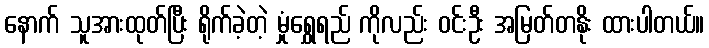
နောက် သူအားထုတ်ပြီး ရိုက်ခဲ့တဲ့ မှုံရွှေရည် ကိုလည်း ဝင်းဦး အမြတ်တနိုး ထားပါတယ်။